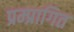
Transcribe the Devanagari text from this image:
प्रम्प्रागित